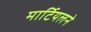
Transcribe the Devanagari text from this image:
मार्टियलने